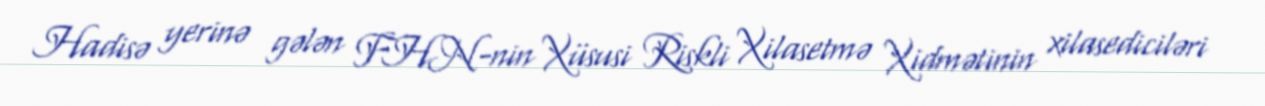
Hadisə yerinə gələn FHN-nin Xüsusi Riskli Xilasetmə Xidmətinin xilasediciləri